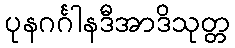
ပုနဂင်္ဂါနဒီအာဒိသုတ္တ